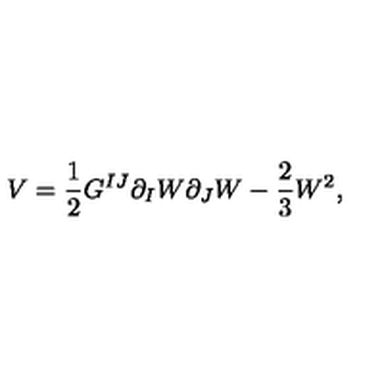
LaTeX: V = \frac { 1 } { 2 } G ^ { I J } \partial _ { I } W \partial _ { J } W - \frac { 2 } { 3 } W ^ { 2 } ,